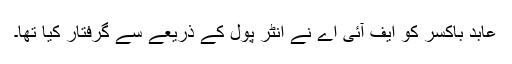
عابد باکسر کو ایف آئی اے نے انٹر پول کے ذریعے سے گرفتار کیا تھا۔